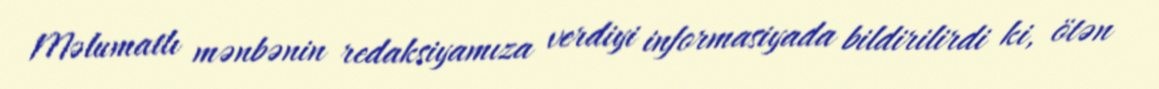
Məlumatlı mənbənin redaksiyamıza verdiyi informasiyada bildirilirdi ki, ötən